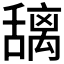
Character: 𫬎